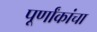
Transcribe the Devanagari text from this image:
पूर्णांकांचा